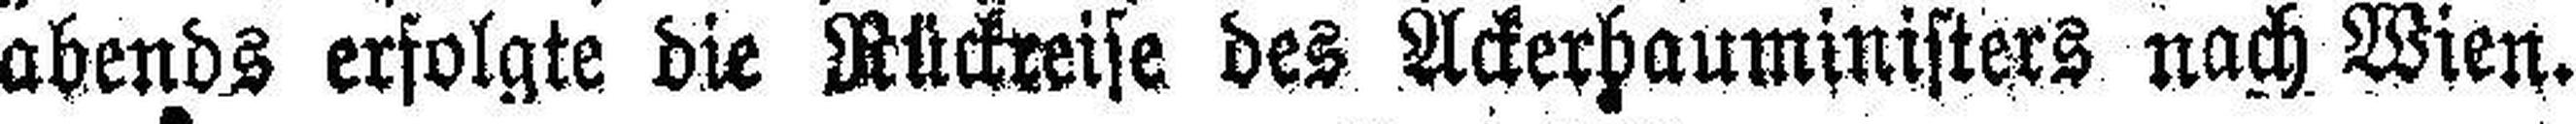
abends erfolgte die Rückreise des Ackerhauministers nach Wien.